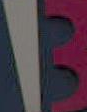
|